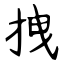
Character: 拽